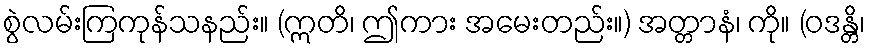
စွဲလမ်းကြကုန်သနည်း။ (ဣတိ၊ ဤကား အမေးတည်း။) အတ္တာနံ၊ ကို။ (ဝဒန္တိ၊